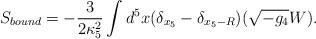
LaTeX: \begin{align*}S_{bound}=-\frac{3}{2\kappa_5^2}\int d^5x (\delta_{x_5}-\delta_{x_5-R})(\sqrt {-g_4}W).\end{align*}